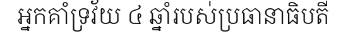
អ្នកគាំទ្រវ័យ ៤ ឆ្នាំរបស់ប្រធានាធិបតី